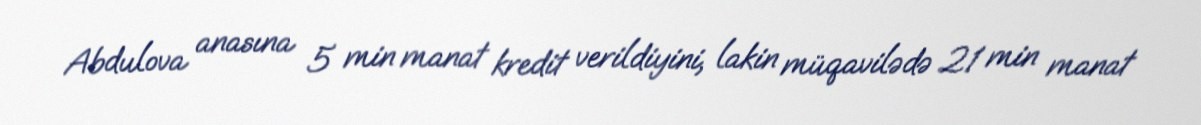
Abdulova anasına 5 min manat kredit verildiyini, lakin müqavilədə 21 min manat